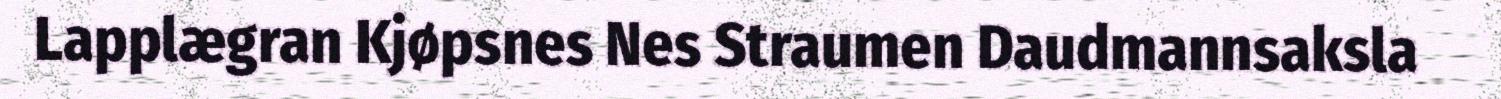
Lapplægran Kjøpsnes Nes Straumen Daudmannsaksla